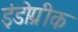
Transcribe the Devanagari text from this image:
इंडोग्रीक